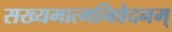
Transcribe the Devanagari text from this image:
सख्यमात्मनिवेदनम्